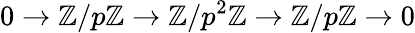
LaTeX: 0\to\mathbb{Z}/p\mathbb{Z}\to\mathbb{Z}/p^{2}\mathbb{Z}\to\mathbb{Z}/p\mathbb{Z}\to 0